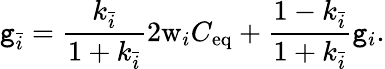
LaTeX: \mathtt{g}_{\bar{{i}}}=\frac{{k_{\bar{{i}}}}}{{1+k_{\bar{{i}}}}}2\mathrm{{w}}_{i}C_{\mathrm{{eq}}}+\frac{{1-k_{\bar{{i}}}}}{{1+k_{\bar{{i}}}}}\mathtt{g}_{i}.